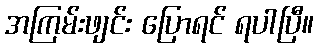
အကြမ်းဖျင်း ပြောရင် ရပါပြီ။